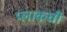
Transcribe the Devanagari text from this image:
प्लाकची